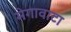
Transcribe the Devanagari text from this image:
मेगावाटा